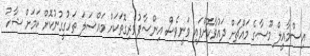
އިސްމާއީލް މޫސާގެ މައްޗަށް ދައުވާކޮށްފައި ވަނީވެސް އިންސާފުވެރިގޮތަކަށް މައްސަލަ ތަހުގީގުނުކޮށް ކަމަށް ޝާހު